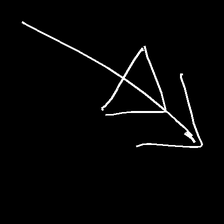
Glyph: pull